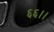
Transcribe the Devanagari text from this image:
६६।।